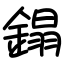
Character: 鎉